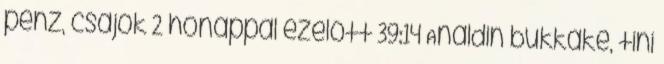
pénz, csajok 2 hónappal ezelőtt 39:14 Analdin bukkake, tini